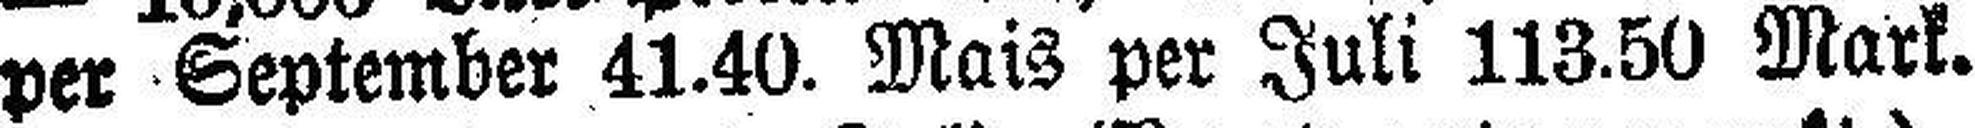
per September 41.40. Mais per Juli 113.50 Mark.